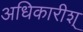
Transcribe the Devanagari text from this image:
अधिकारीश्